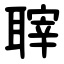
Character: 䏁